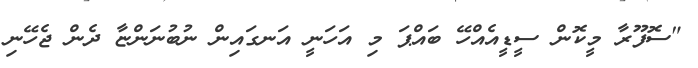
"ސޮފޫރާ މީކޮން ސީޑީއެއްހޭ ބައްޕަ މި އަހަނީ އަނގައިން ނުބުނަންޏާ ދެން ޖެހޭނި